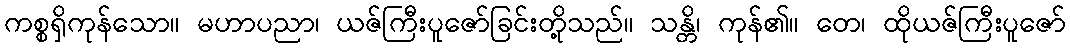
ကစ္စရှိကုန်သော။ မဟာပညာ၊ ယဇ်ကြီးပူဇော်ခြင်းတို့သည်။ သန္တိ၊ ကုန်၏။ တေ၊ ထိုယဇ်ကြီးပူဇော်